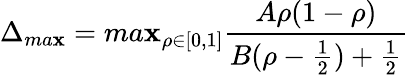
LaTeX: \Delta_{ma\mathbf{x}}=ma\mathbf{x}_{\rho\in[0,1]}\frac{{A\rho(1-\rho)}}{{B(\rho-\frac{{1}}{{2}})+\frac{{1}}{{2}}}}